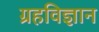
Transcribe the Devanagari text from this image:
ग्रहविज्ञान